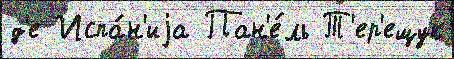
д'е Испа́н'иjа Пан'е́ль Т'ер'ещук